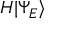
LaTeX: H | \Psi _ { E } \rangle